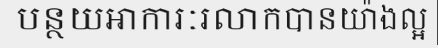
បន្ថយអាការៈរលាកបានយ៉ាងល្អ